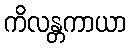
ကိလန္တကာယာ